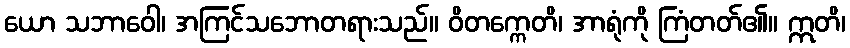
ယော သဘာဝေါ၊ အကြင်သဘောတရားသည်။ ဝိတက္ကေတိ၊ အာရုံကို ကြံတတ်၏။ ဣတိ၊